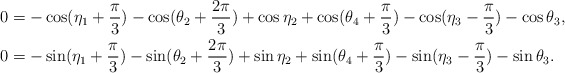
\begin{align*}0 &= -\cos(\eta_1+\frac{\pi}{3}) - \cos(\theta_2+\frac{2\pi}{3}) + \cos \eta_2 + \cos(\theta_4 + \frac{\pi}{3}) - \cos(\eta_3 - \frac{\pi}{3}) - \cos \theta_3, \\0 &= -\sin(\eta_1+\frac{\pi}{3}) - \sin(\theta_2+\frac{2\pi}{3}) + \sin \eta_2 + \sin(\theta_4 + \frac{\pi}{3}) - \sin(\eta_3 - \frac{\pi}{3}) - \sin \theta_3.\end{align*}